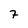
Character: 7